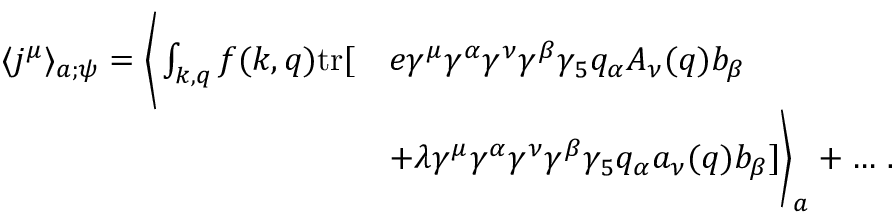
\begin{array} { r l } { \langle j ^ { \mu } \rangle _ { a ; \psi } = \bigg \langle \int _ { k , q } f ( k , q ) \mathrm { t r } [ } & { e \gamma ^ { \mu } \gamma ^ { \alpha } \gamma ^ { \nu } \gamma ^ { \beta } \gamma _ { 5 } q _ { \alpha } A _ { \nu } ( q ) b _ { \beta } } \\ & { + \lambda \gamma ^ { \mu } \gamma ^ { \alpha } \gamma ^ { \nu } \gamma ^ { \beta } \gamma _ { 5 } q _ { \alpha } a _ { \nu } ( q ) b _ { \beta } ] \bigg \rangle _ { a } + \dots \, . } \end{array}